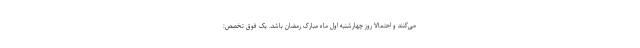
می‌کنند و احتمالاً روز چهارشنبه اول ماه مبارک رمضان باشد. یک فوق تخصص: